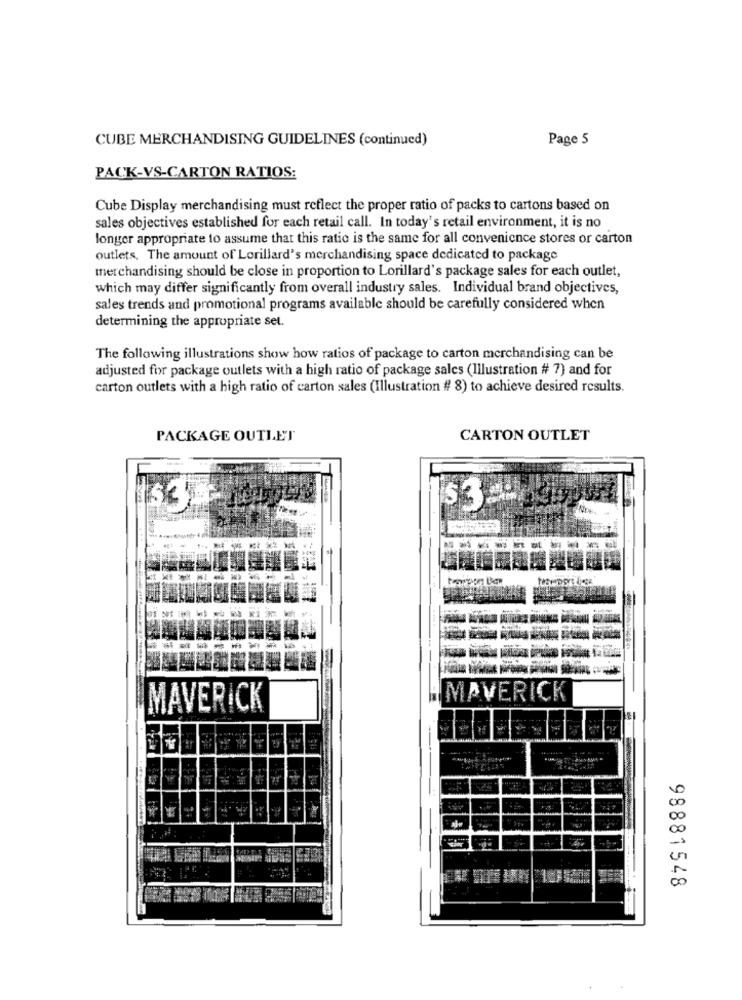
CUBE MERCHANDISING GUIDELINES (continued)
Page 5
PACK-VS-CARTON RATIOS:
Cube Display merchandising must reflect the proper ratio of packs to cartons based on
sales objectives established for each retail call. In today's retail environment, it is no
longer appropriate to assume that this ratio is the same for all convenience stores or carton
outlets. The amount of Lorillard's merchandising space dedicated to package
merchandising should be close in proportion to Lorillard's package sales for each outlet,
which may differ significantly from overall industry sales. Individual brand objectives,
sales trends and promotional programs available should be carefully considered when
determining the appropriate set.
The following illustrations show how ratios of package to carton merchandising can be
adjusted for package outlets with a high ratio of package sales (Illustration # 7) and for
carton outlets with a high ratio of carton sales (Illustration # 8) to achieve desired results.
PACKAGE OUTLET
CARTON OUTLET
S<)
53
-
MAVERICK
MAVERICK
......
ME
98881548